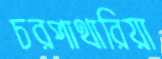
চরপাথারিয়া